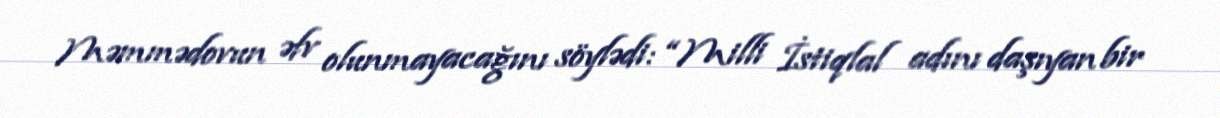
Məmmədovun əfv olunmayacağını söylədi: “Milli İstiqlal adını daşıyan bir